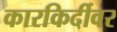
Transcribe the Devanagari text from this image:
कारकिर्दीवर